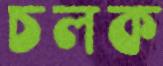
চলক